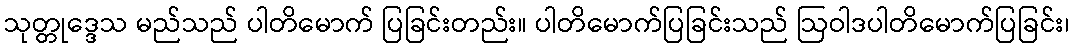
သုတ္တုဒ္ဒေသ မည်သည် ပါတိမောက် ပြခြင်းတည်း။ ပါတိမောက်ပြခြင်းသည် ဩဝါဒပါတိမောက်ပြခြင်း၊